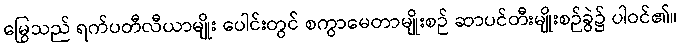
မြွေသည် ရက်ပတီလီယာမျိုး ပေါင်းတွင် စကွာမေတာမျိုးစဉ် ဆာပင်တီးမျိုးစဉ်ခွဲ၌ ပါဝင်၏။